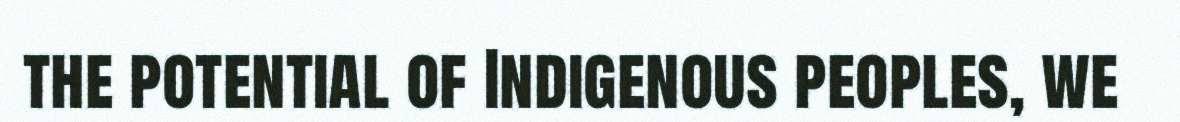
the potential of Indigenous peoples, we